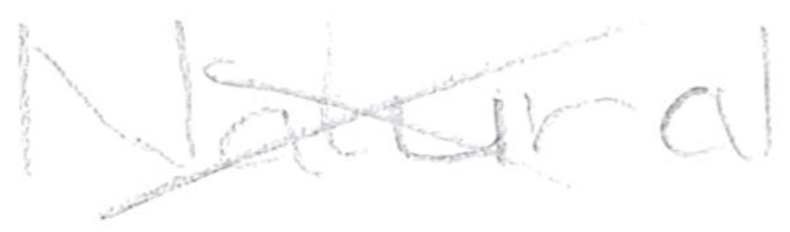
Text: Natural
Cross-out: cross
Writing tool: pencil